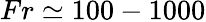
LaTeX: Fr\simeq 100-1000